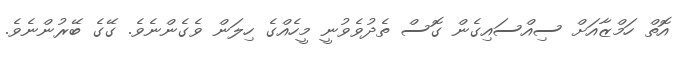
އޮތް ހަމްޒާއަށް ސިއްސައިގެން ގޮސް ތެދުވެވުނީ މީހެއްގެ ހިލަން ވެގެންނެވެ. ގޭގެ ބޭރުންނެވެ.